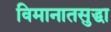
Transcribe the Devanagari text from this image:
विमानातसुद्धा